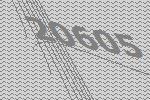
20605